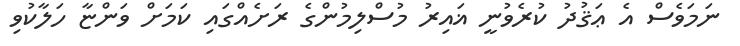
ނަމަވެސް އެ ޢަޤުދު ކުރެވުނީ ޣައިރު މުސްލިމުންގެ ރަށެއްގައި ކަމަށް ވަންޏާ ހަލާކުވި